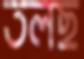
তলছ